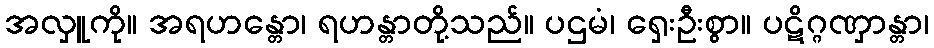
အလှူကို။ အရဟန္တော၊ ရဟန္တာတို့သည်။ ပဌမံ၊ ရှေးဦးစွာ။ ပဋိဂ္ဂဏှာန္တာ၊